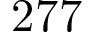
2 7 7